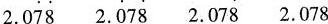
2. 0\dot{7}\dot{8} 2. \dot{0}7\dot{8 } 2. 07\dot{8} 2.078